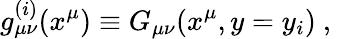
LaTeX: g_{\mu\nu}^{(i)}(x^{\mu})\equiv G_{\mu\nu}(x^{\mu},y=y_{i})~,~\,